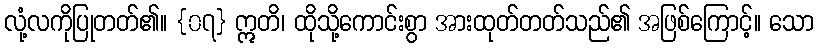
လုံ့လကိုပြုတတ်၏။ {၀၇} ဣတိ၊ ထိုသို့ကောင်းစွာ အားထုတ်တတ်သည်၏ အဖြစ်ကြောင့်။ သော